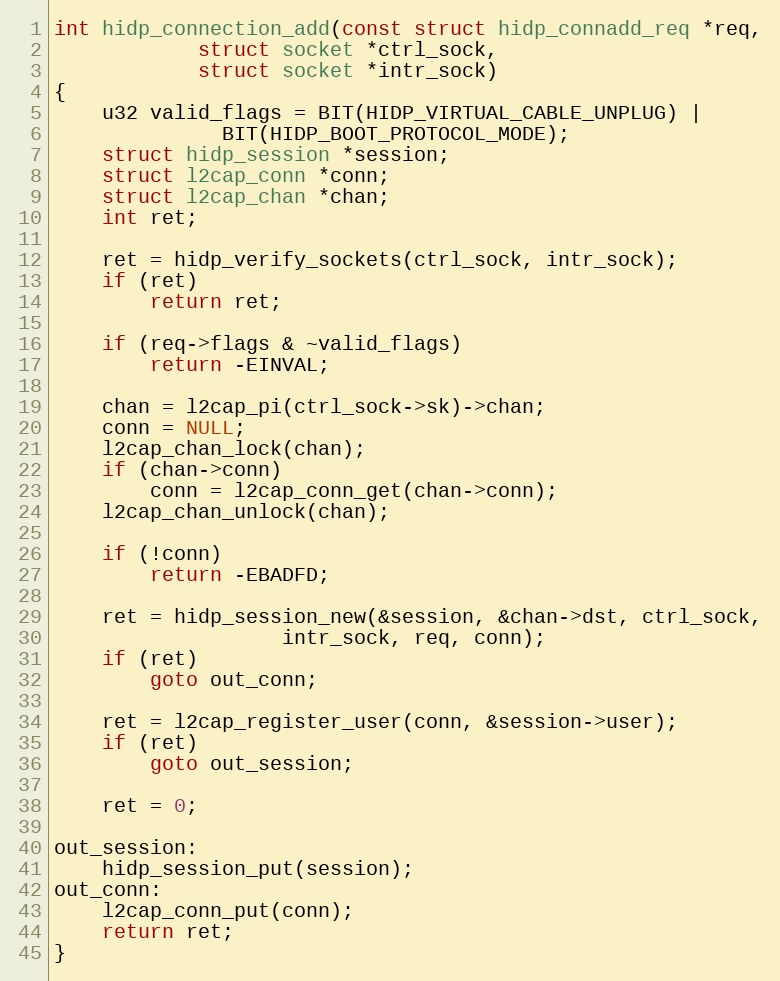
Language: C
int hidp_connection_add(const struct hidp_connadd_req *req,
			struct socket *ctrl_sock,
			struct socket *intr_sock)
{
	u32 valid_flags = BIT(HIDP_VIRTUAL_CABLE_UNPLUG) |
			  BIT(HIDP_BOOT_PROTOCOL_MODE);
	struct hidp_session *session;
	struct l2cap_conn *conn;
	struct l2cap_chan *chan;
	int ret;

	ret = hidp_verify_sockets(ctrl_sock, intr_sock);
	if (ret)
		return ret;

	if (req->flags & ~valid_flags)
		return -EINVAL;

	chan = l2cap_pi(ctrl_sock->sk)->chan;
	conn = NULL;
	l2cap_chan_lock(chan);
	if (chan->conn)
		conn = l2cap_conn_get(chan->conn);
	l2cap_chan_unlock(chan);

	if (!conn)
		return -EBADFD;

	ret = hidp_session_new(&session, &chan->dst, ctrl_sock,
			       intr_sock, req, conn);
	if (ret)
		goto out_conn;

	ret = l2cap_register_user(conn, &session->user);
	if (ret)
		goto out_session;

	ret = 0;

out_session:
	hidp_session_put(session);
out_conn:
	l2cap_conn_put(conn);
	return ret;
}